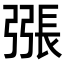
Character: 𢐘